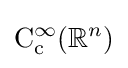
\mathrm {C} _{\mathrm {c} }^{\infty }(\mathbb {R} ^{n})